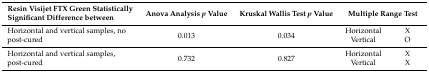
| Resin Visijet FTX Green Statistically Significant Difference between | Anova Analysis p Value | Kruskal Wallis Test p Value | <COLSPAN=2> Multiple Range Test |
 | --- | --- | --- | --- | --- |
 | <ROWSPAN=2> Horizontal and vertical samples, no post-cured | <ROWSPAN=2> 0.013 | <ROWSPAN=2> 0.034 | Horizontal | X |
 | Vertical | O |
 | <ROWSPAN=2> Horizontal and vertical samples, post-cured | <ROWSPAN=2> 0.732 | <ROWSPAN=2> 0.827 | Horizontal | X |
 | Vertical | X |